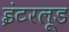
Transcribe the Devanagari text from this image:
इंटरलूड